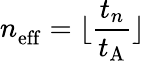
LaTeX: n_{\mathrm{eff}}^{}=\lfloor\frac{t_{n}}{t_{\mathrm{A}}}\rfloor